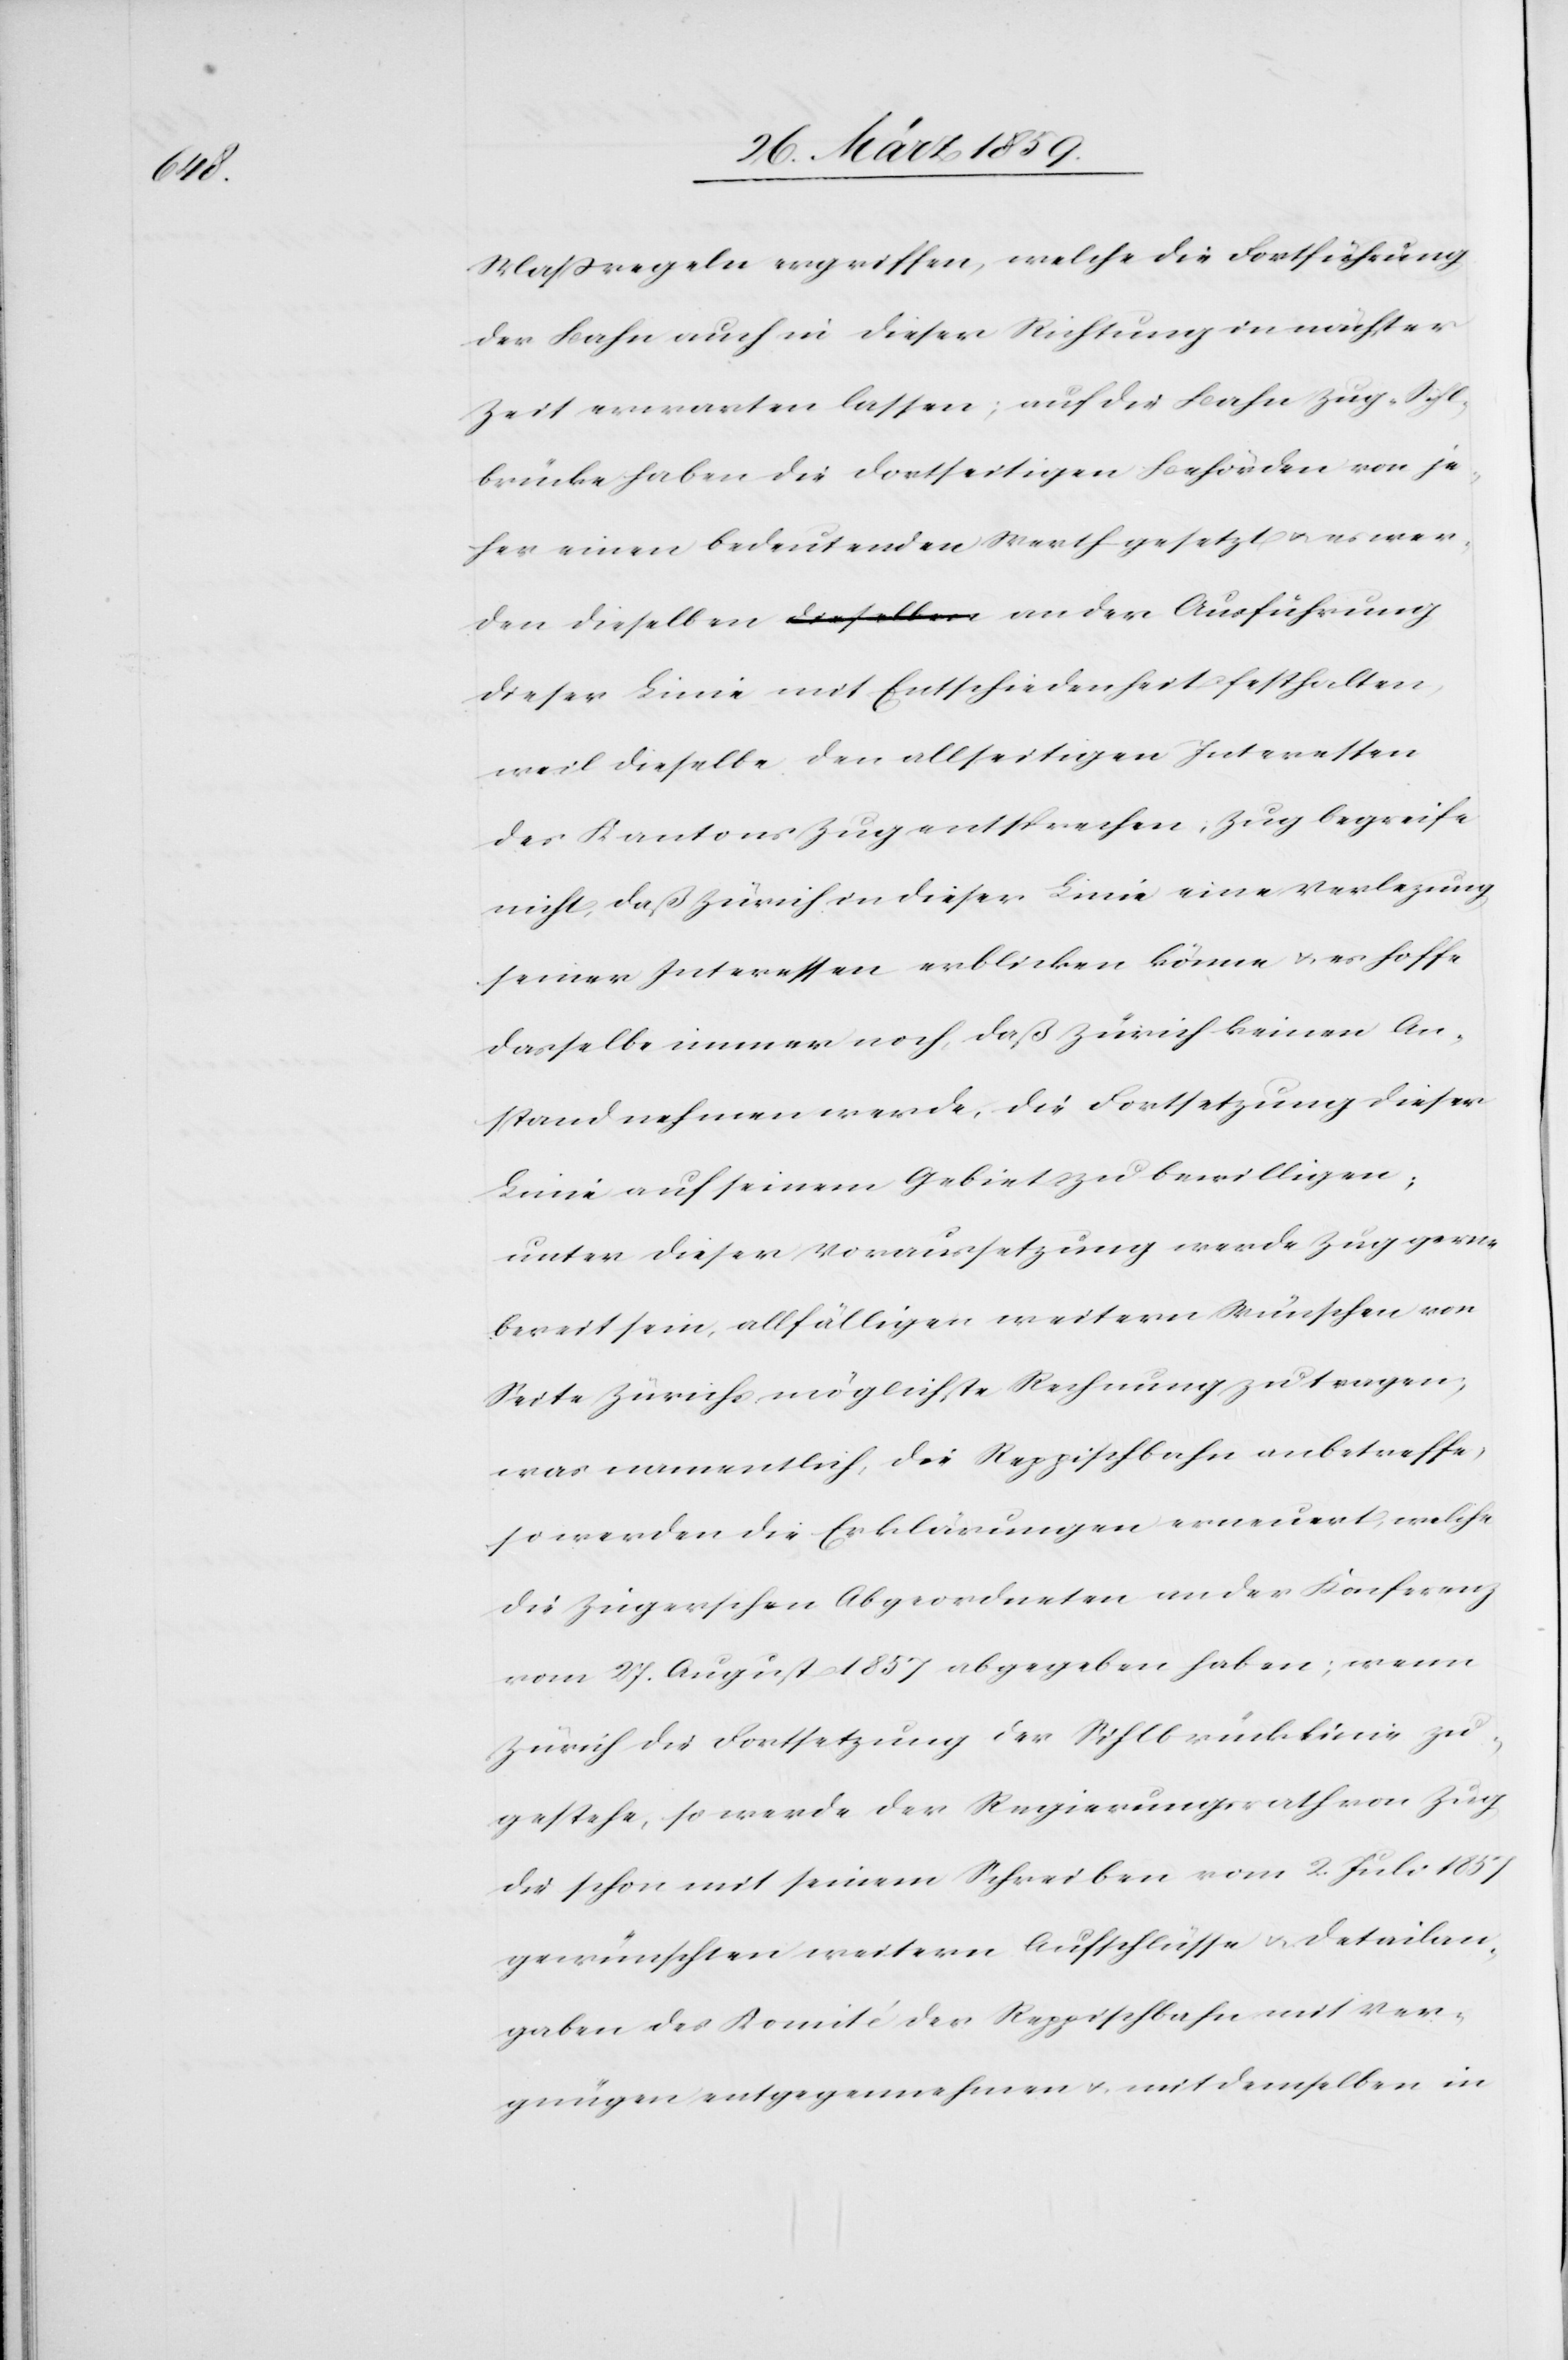
Maßregeln ergriffen, welche die Fortführung
der Bahn auch in dieser Richtung in nächster
Zeit erwarten lassen; auf die Bahn Zug-Sihl¬
brücke haben die dortseitigen Behörden von je¬
her einen bedeutenden Werth gesetzt u. es wer¬
den dieselben an der Ausführung
dieser Linie mit Entschiedenheit festhalten,
weil dieselbe den allseitigen Interessen
des Kantons Zug entsprechen; Zug begreife
nicht, daß Zürich in dieser Linie eine Verlezung
seiner Interessen erblicken könne u. es hoffe
dasselbe immer noch, daß Zürich keinen An¬
stand nehmen werde, die Fortsetzung dieser
Linie auf seinem Gebiet zu bewilligen;
unter dieser Voraussetzung werde Zug gerne
bereit sein, allfälligen weitern Wünschen von
Seite Zürichs möglichste Rechnung zu tragen,
was namentlich, die Reppischbahn anbetreffe,
so werden die Erklärungen erneuert, welche
die Zugerschen Abgeordneten an der Konferenz
vom 27. August 1857 abgegeben haben; wenn
Zürich die Fortsetzung der Sihlbrücklinie zu¬
gestehe, so werde der Regierungsrath von Zug
die schon mit seinem Schreiben vom 2. Juli 1857
gewünschten weitern Aufschlüsse u. Detailan¬
geben des Komité der Reppischbahn mit Ver¬
gnügen entgegennehmen u. mit demselben in